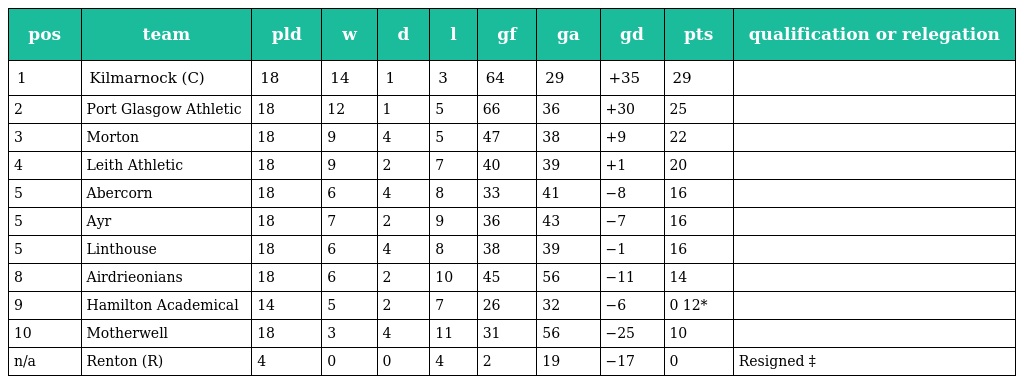
| pos | team | pld | w | d | l | gf | ga | gd | pts | qualification or relegation |
 | --- | --- | --- | --- | --- | --- | --- | --- | --- | --- | --- |
 | 1 | Kilmarnock (C) | 18 | 14 | 1 | 3 | 64 | 29 | +35 | 29 |  |
 | 2 | Port Glasgow Athletic | 18 | 12 | 1 | 5 | 66 | 36 | +30 | 25 |  |
 | 3 | Morton | 18 | 9 | 4 | 5 | 47 | 38 | +9 | 22 |  |
 | 4 | Leith Athletic | 18 | 9 | 2 | 7 | 40 | 39 | +1 | 20 |  |
 | 5 | Abercorn | 18 | 6 | 4 | 8 | 33 | 41 | −8 | 16 |  |
 | 5 | Ayr | 18 | 7 | 2 | 9 | 36 | 43 | −7 | 16 |  |
 | 5 | Linthouse | 18 | 6 | 4 | 8 | 38 | 39 | −1 | 16 |  |
 | 8 | Airdrieonians | 18 | 6 | 2 | 10 | 45 | 56 | −11 | 14 |  |
 | 9 | Hamilton Academical | 14 | 5 | 2 | 7 | 26 | 32 | −6 | 0 12* |  |
 | 10 | Motherwell | 18 | 3 | 4 | 11 | 31 | 56 | −25 | 10 |  |
 | n/a | Renton (R) | 4 | 0 | 0 | 4 | 2 | 19 | −17 | 0 | Resigned ‡ |